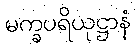
မက္ခပရိယုဋ္ဌာနံ